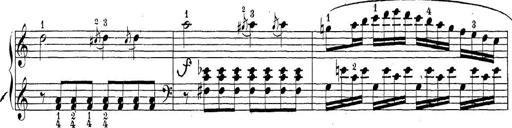
Title: Sonatina Album
Composer: Louis KÃ¶hler